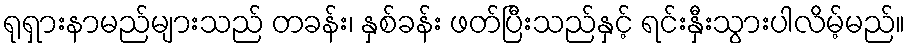
ရုရှားနာမည်များသည် တခန်း၊ နှစ်ခန်း ဖတ်ပြီးသည်နှင့် ရင်းနှီးသွားပါလိမ့်မည်။